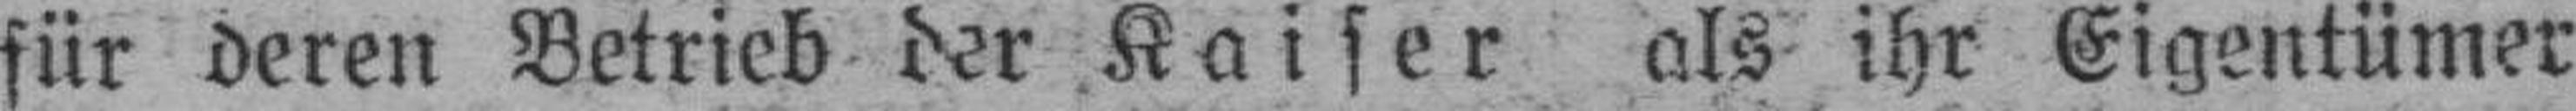
für deren Betrieb der Kaiser als ihr Eigentümer